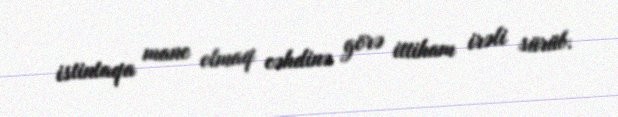
istintaqa mane olmaq cəhdinə görə ittiham irəli sürüb.